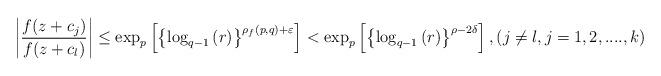
LaTeX: \begin{align*}\left\vert \frac{f(z+c_{j})}{f(z+c_{l})}\right\vert \leq \exp _{p}\left[\left\{ \log _{q-1}\left( r\right) \right\} ^{\rho _{f}\left( p,q\right)+\varepsilon }\right] <\exp _{p}\left[ \left\{ \log _{q-1}\left( r\right)\right\} ^{\rho -2\delta }\right] ,\left( j\neq l,j=1,2,....,k\right)\end{align*}